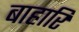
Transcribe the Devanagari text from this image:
बाहारि